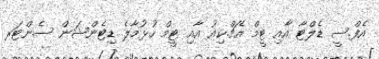
އެފް.ސީ ޑެލްޓާ އާއި ޓީމް އެޗް.ކިއު އާއި ޓީމް ހުޅުމާލެ ޑިޓެންޝަން ސެންޓަރ